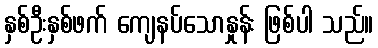
နှစ်ဦးနှစ်ဖက် ကျေနပ်သောနှုန်း ဖြစ်ပါ သည်။